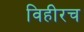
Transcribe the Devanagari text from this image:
विहीरच